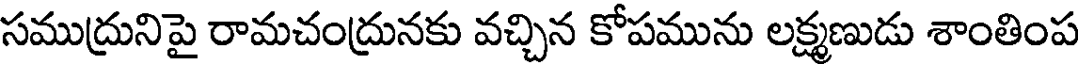
సముద్రునిపై రామచంద్రునకు వచ్చిన కోపమును లక్ష్మణుడు శాంతింప